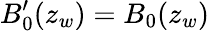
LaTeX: B_{0}^{\prime}(z_{w})=B_{0}(z_{w})